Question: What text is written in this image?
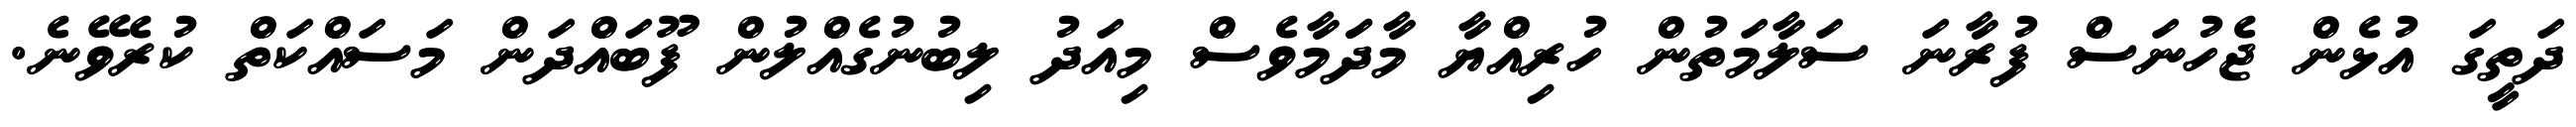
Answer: ދަތީގަ އުޅެން ޖެހުނަސް ފުރާނަ ސަލާމަތުން ހުރިއްޔާ މާދަަމާވެސް މިއަދު ލިބުނުގެއްލުން ފޫބައްދަން މަސައްކަތް ކުރެވޭނެ.